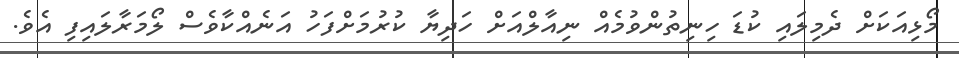
މޯޅިއަކަށް ދެމިލައި ކުޑަ ހިނިތުންވުމެއް ނިއާލްއަށް ހަދިޔާ ކުރުމަށްފަހު އަނެއްކާވެސް ލޯމަރާލައިފި އެވެ.